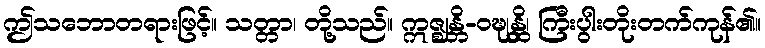
ဤသဘောတရားဖြင့်။ သတ္တာ၊ တို့သည်။ ဣဇ္ဈန္တိ-ဝဍ္ဎုန္ထိ၊ ကြီးပွါးတိုးတက်ကုန်၏။